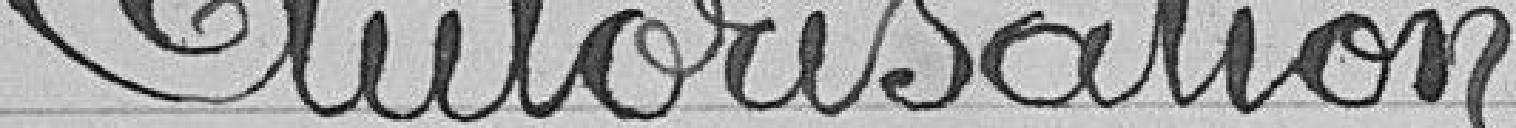
Autorisation